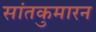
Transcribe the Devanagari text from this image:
सांतकुमारन